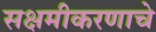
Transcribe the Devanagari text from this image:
सक्षमीकरणाचे